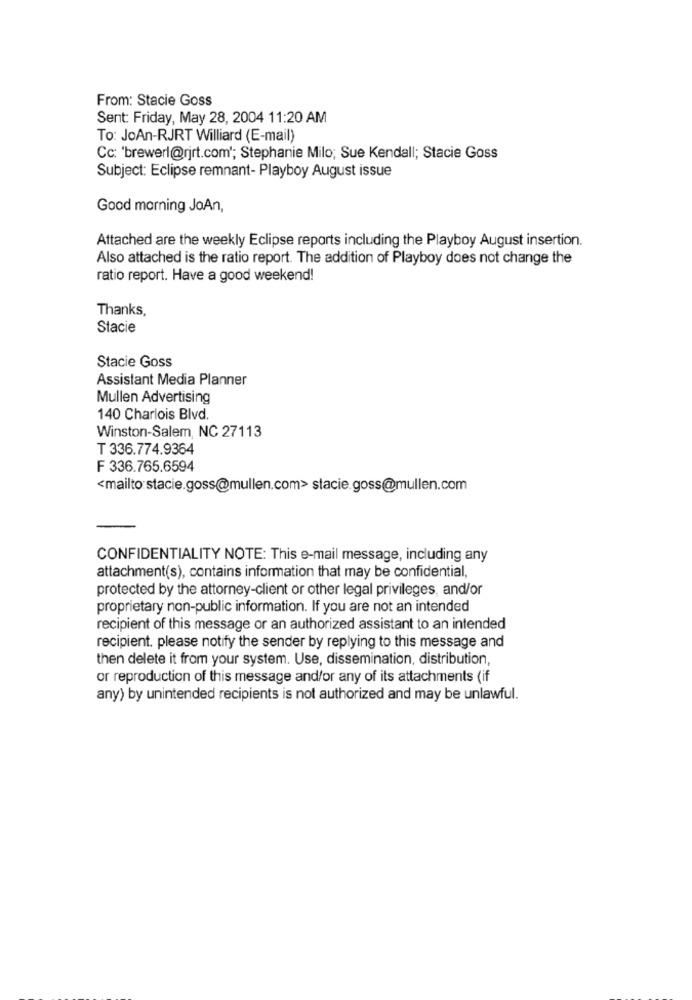
From: Stacie Goss
Sent: Friday, May 28, 2004 11:20 AM
To: JoAn-RJRT Williard (E-mail)
Cc: 'brewerl@rjrt.com'; Stephanie Milo; Sue Kendall; Stacie Goss
Subject: Eclipse remnant- Playboy August issue
Good morning JoAn,
Attached are the weekly Eclipse reports including the Playboy August insertion.
Also attached is the ratio report. The addition of Playboy does not change the
ratio report. Have a good weekend!
Thanks,
Stacie
Stacie Goss
Assistant Media Planner
Mullen Advertising
140 Charlois Blvd.
Winston-Salem, NC 27113
T 336.774.9364
F 336.765.6594
<mailto stacie.goss@mullen.com> stacie.goss@mullen.com
CONFIDENTIALITY NOTE: This e-mail message, including any
attachment(s), contains information that may be confidential,
protected by the attorney-client or other legal privileges, and/or
proprietary non-public information. If you are not an intended
recipient of this message or an authorized assistant to an intended
recipient, please notify the sender by replying to this message and
then delete it from your system. Use, dissemination, distribution,
or reproduction of this message and/or any of its attachments (if
any) by unintended recipients is not authorized and may be unlawful.